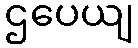
ဌပေယျ